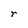
Character: r